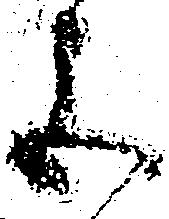
色